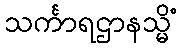
သင်္ကာရဌာနသ္မိံ